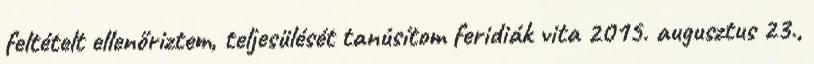
feltételt ellenőriztem, teljesülését tanúsítom feridiák vita 2015. augusztus 23.,